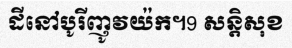
ដីនៅបូរីញូវយ៉ក។9 សន្តិសុខ